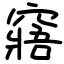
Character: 窹